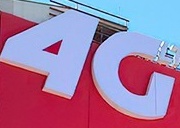
4G